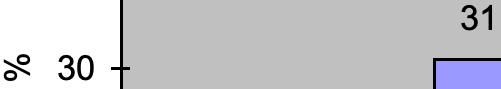
31 % 30